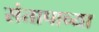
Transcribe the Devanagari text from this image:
संतापाच्या